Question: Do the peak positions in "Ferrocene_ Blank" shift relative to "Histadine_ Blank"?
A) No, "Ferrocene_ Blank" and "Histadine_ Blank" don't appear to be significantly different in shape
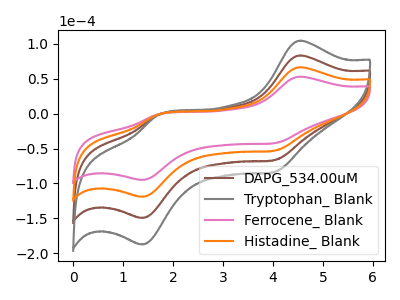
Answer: <think>The brown curve "DAPG_534.00uM" has anodic peaks at (4.55V, 132.85uA) (1.70V, -2.60uA) and cathodic peaks at (4.05V, -106.20uA) (1.40V, -238.25uA). The gray curve "Tryptophan_ Blank" has anodic peaks at (4.55V, 199.25uA) (1.70V, -3.90uA) and cathodic peaks at (4.05V, -159.30uA) (1.40V, -357.35uA). The pink curve "Ferrocene_ Blank" has anodic peaks at (4.55V, 52.95uA) (1.70V, -1.05uA) and cathodic peaks at (4.05V, -42.30uA) (1.40V, -94.95uA). The orange curve "Histadine_ Blank" has anodic peaks at (4.55V, 66.40uA) (1.70V, -1.30uA) and cathodic peaks at (4.05V, -53.10uA) (1.40V, -119.10uA).
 All the peaks in "Ferrocene_ Blank" have a peak in "Histadine_ Blank" at the same potential.</think>
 <answer>A) No, "Ferrocene_ Blank" and "Histadine_ Blank" don't appear to be significantly different in shape</answer>
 <eval>A</eval>